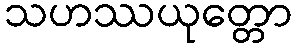
သဟဿယုတ္တော